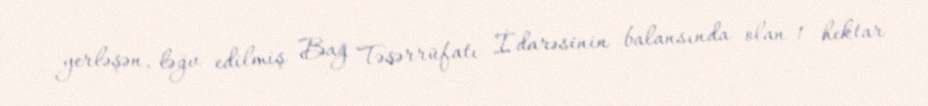
yerləşən, ləğv edilmiş Bağ Təsərrüfatı İdarəsinin balansında olan 1 hektar